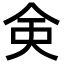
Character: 㑒